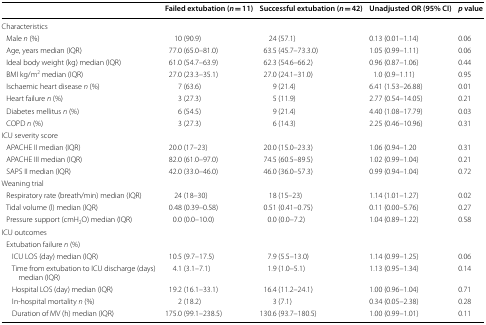
<table><thead><tr><td></td><td><b>Failed extubation (<i>n</i> = 11)</b></td><td><b>Successful extubation (<i>n</i> = 42)</b></td><td><b>Unadjusted OR (95% CI)</b></td><td><b><i>p</i> value</b></td></tr></thead><tbody><tr><td colspan="5">Characteristics</td></tr><tr><td> Male <i>n</i> (%)</td><td>10 (90.9)</td><td>24 (57.1)</td><td>0.13 (0.01–1.14)</td><td>0.06</td></tr><tr><td> Age, years median (IQR)</td><td>77.0 (65.0–81.0)</td><td>63.5 (45.7–73.3.0)</td><td>1.05 (0.99–1.11)</td><td>0.06</td></tr><tr><td> Ideal body weight (kg) median (IQR)</td><td>61.0 (54.7–63.9)</td><td>62.3 (54.6–66.2)</td><td>0.96 (0.87–1.06)</td><td>0.44</td></tr><tr><td> BMI kg/m<sup>2</sup> median (IQR)</td><td>27.0 (23.3–35.1)</td><td>27.0 (24.1–31.0)</td><td>1.0 (0.9–1.11)</td><td>0.95</td></tr><tr><td> Ischaemic heart disease <i>n</i> (%)</td><td>7 (63.6)</td><td>9 (21.4)</td><td>6.41 (1.53–26.88)</td><td>0.01</td></tr><tr><td> Heart failure <i>n</i> (%)</td><td>3 (27.3)</td><td>5 (11.9)</td><td>2.77 (0.54–14.05)</td><td>0.21</td></tr><tr><td> Diabetes mellitus <i>n</i> (%)</td><td>6 (54.5)</td><td>9 (21.4)</td><td>4.40 (1.08–17.79)</td><td>0.03</td></tr><tr><td> COPD <i>n</i> (%)</td><td>3 (27.3)</td><td>6 (14.3)</td><td>2.25 (0.46–10.96)</td><td>0.31</td></tr><tr><td colspan="5">ICU severity score</td></tr><tr><td> APACHE II median (IQR)</td><td>20.0 (17–23)</td><td>20.0 (15.0–23.3)</td><td>1.06 (0.94–1.20</td><td>0.31</td></tr><tr><td> APACHE III median (IQR)</td><td>82.0 (61.0–97.0)</td><td>74.5 (60.5–89.5)</td><td>1.02 (0.99–1.04)</td><td>0.21</td></tr><tr><td> SAPS II median (IQR)</td><td>42.0 (33.0–46.0)</td><td>46.0 (36.0–57.3)</td><td>0.99 (0.94–1.04)</td><td>0.72</td></tr><tr><td colspan="5">Weaning trial</td></tr><tr><td> Respiratory rate (breath/min) median (IQR)</td><td>24 (18–30)</td><td>18 (15–23)</td><td>1.14 (1.01–1.27)</td><td>0.02</td></tr><tr><td> Tidal volume (l) median (IQR)</td><td>0.48 (0.39–0.58)</td><td>0.51 (0.41–0.75)</td><td>0.11 (0.00–5.76)</td><td>0.27</td></tr><tr><td> Pressure support (cmH<sub>2</sub>O) median (IQR)</td><td>0.0 (0.0–10.0)</td><td>0.0 (0.0–7.2)</td><td>1.04 (0.89–1.22)</td><td>0.58</td></tr><tr><td colspan="5">ICU outcomes</td></tr><tr><td colspan="5"> Extubation failure <i>n</i> (%)</td></tr><tr><td>ICU LOS (day) median (IQR)</td><td>10.5 (9.7–17.5)</td><td>7.9 (5.5–13.0)</td><td>1.14 (0.99–1.25)</td><td>0.06</td></tr><tr><td>Time from extubation to ICU discharge (days) median (IQR)</td><td>4.1 (3.1–7.1)</td><td>1.9 (1.0–5.1)</td><td>1.13 (0.95–1.34)</td><td>0.14</td></tr><tr><td>Hospital LOS (day) median (IQR)</td><td>19.2 (16.1–33.1)</td><td>16.4 (11.2–24.1)</td><td>1.00 (0.96–1.04)</td><td>0.71</td></tr><tr><td>In-hospital mortality <i>n</i> (%)</td><td>2 (18.2)</td><td>3 (7.1)</td><td>0.34 (0.05–2.38)</td><td>0.28</td></tr><tr><td>Duration of MV (h) median (IQR)</td><td>175.0 (99.1–238.5)</td><td>130.6 (93.7–180.5)</td><td>1.00 (0.99–1.01)</td><td>0.11</td></tr></tbody></table>